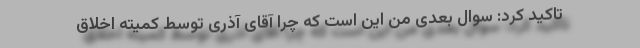
تاکید کرد: سوال بعدی من این است که چرا آقای آذری توسط کمیته اخلاق